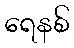
ရေနစ်